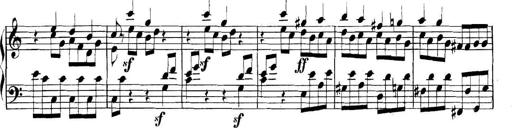
Title: Collected Piano Sonatas
Composer: Muzio Clementi